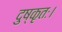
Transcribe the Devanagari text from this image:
दुष्कृतः।